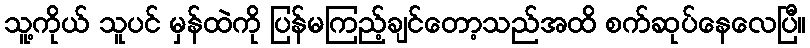
သူ့ကိုယ် သူပင် မှန်ထဲကို ပြန်မကြည့်ချင်တော့သည်အထိ စက်ဆုပ်နေလေပြီ။